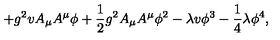
+ g ^ { 2 } v A _ { \mu } A ^ { \mu } \phi + \frac { 1 } { 2 } g ^ { 2 } A _ { \mu } A ^ { \mu } \phi ^ { 2 } - \lambda v \phi ^ { 3 } - \frac { 1 } { 4 } \lambda \phi ^ { 4 } ,